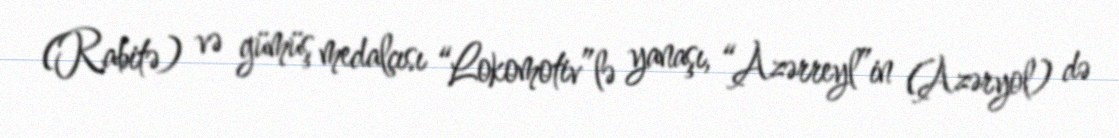
(Rabitə) və gümüş medalçısı “Lokomotiv”lə yanaşı, “Azərreyl”in (Azəryol) də